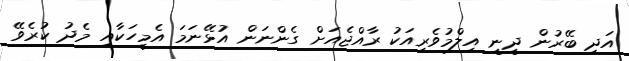
އަދި ބޭރުން ދީނީ އިލްމުވެރިއަކު ރާއްޖެއަށް ގެންނަން އުޅޭނަމަ އެމީހަކާއި މެދު ކުރެވޭ